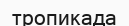
тропикада